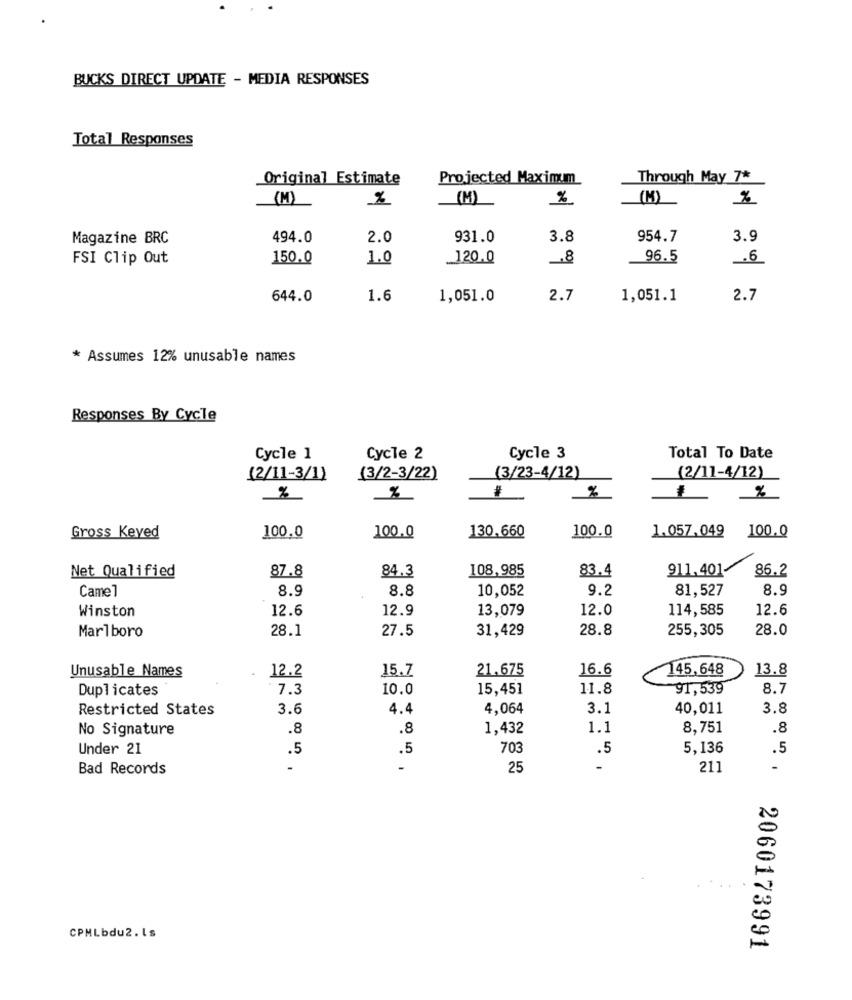
BUCKS DIRECT UPDATE - MEDIA RESPONSES
Total Responses
Original Estimate
Projected Maximum
Through May 7*
M
%
(M)
%
(1)
Magazine BRC
494.0
2.0
931.0
3.8
954.7
3.9
FSI Clip Out
150.0
1.0
_120.0
_8
96.5
.6
644.0
1.6
1,051.0
2.7
1,051.1
2.7
* Assumes 12% unusable names
Responses By Cycle
Cycle 1
Cycle 2
Cycle 3
Total To Date
(2/11-3/1)
(3/2-3/22)
(3/23-4/12)
(2/11-4/12)
%
%
#
%
130.660
1.057,049
Gross Keyed
100.0
100.0
100.0
100.0
Net Qualified
87.8
84.3
108,985
83.4
911.401-
86.2
8.9
8.8
9.2
81,527
8.9
Camel
10,052
Winston
12.6
12.9
13,079
12.0
114,585
12.6
Marlboro
28.1
27.5
31,429
28.8
255,305
28.0
12.2
15.7
21.675
16.6
145,648
13.8
Unusable Names
Duplicates
7.3
10.0
15,451
11.8
91,539
8.7
Restricted States
3.6
4.4
4,064
3.1
40,011
3.8
No Signature
.8
.8
1,432
1.1
8,751
.8
Under 21
.5
.5
703
.5
5,136
.5
Bad Records
25
-
211
CPMLbdu2.1s
2060173991